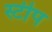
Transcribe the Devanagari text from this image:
स्टीप